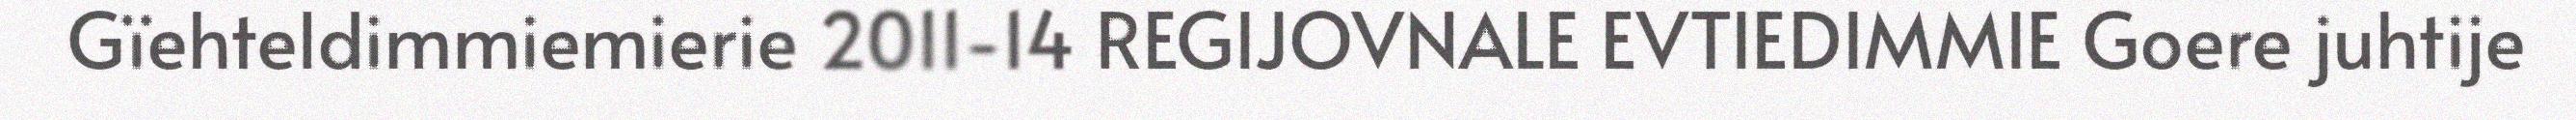
Gïehteldimmiemierie 2011-14 REGIJOVNALE EVTIEDIMMIE Goere juhtije